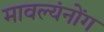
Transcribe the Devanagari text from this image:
मावल्यंनोंग